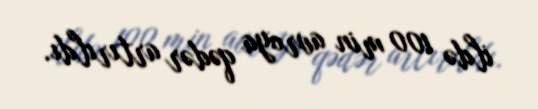
ildə 100 min avroya qədər artırıldı.